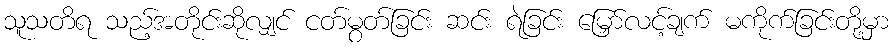
သူသတိရ သည့်အတိုင်းဆိုလျှင် ငတ်မွတ်ခြင်း ဆင်း ရဲခြင်း မြှော်လင့်ချက် မကိုက်ခြင်းတို့မှာ